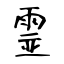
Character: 霊